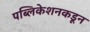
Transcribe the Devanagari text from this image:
पब्लिकेशनकडून